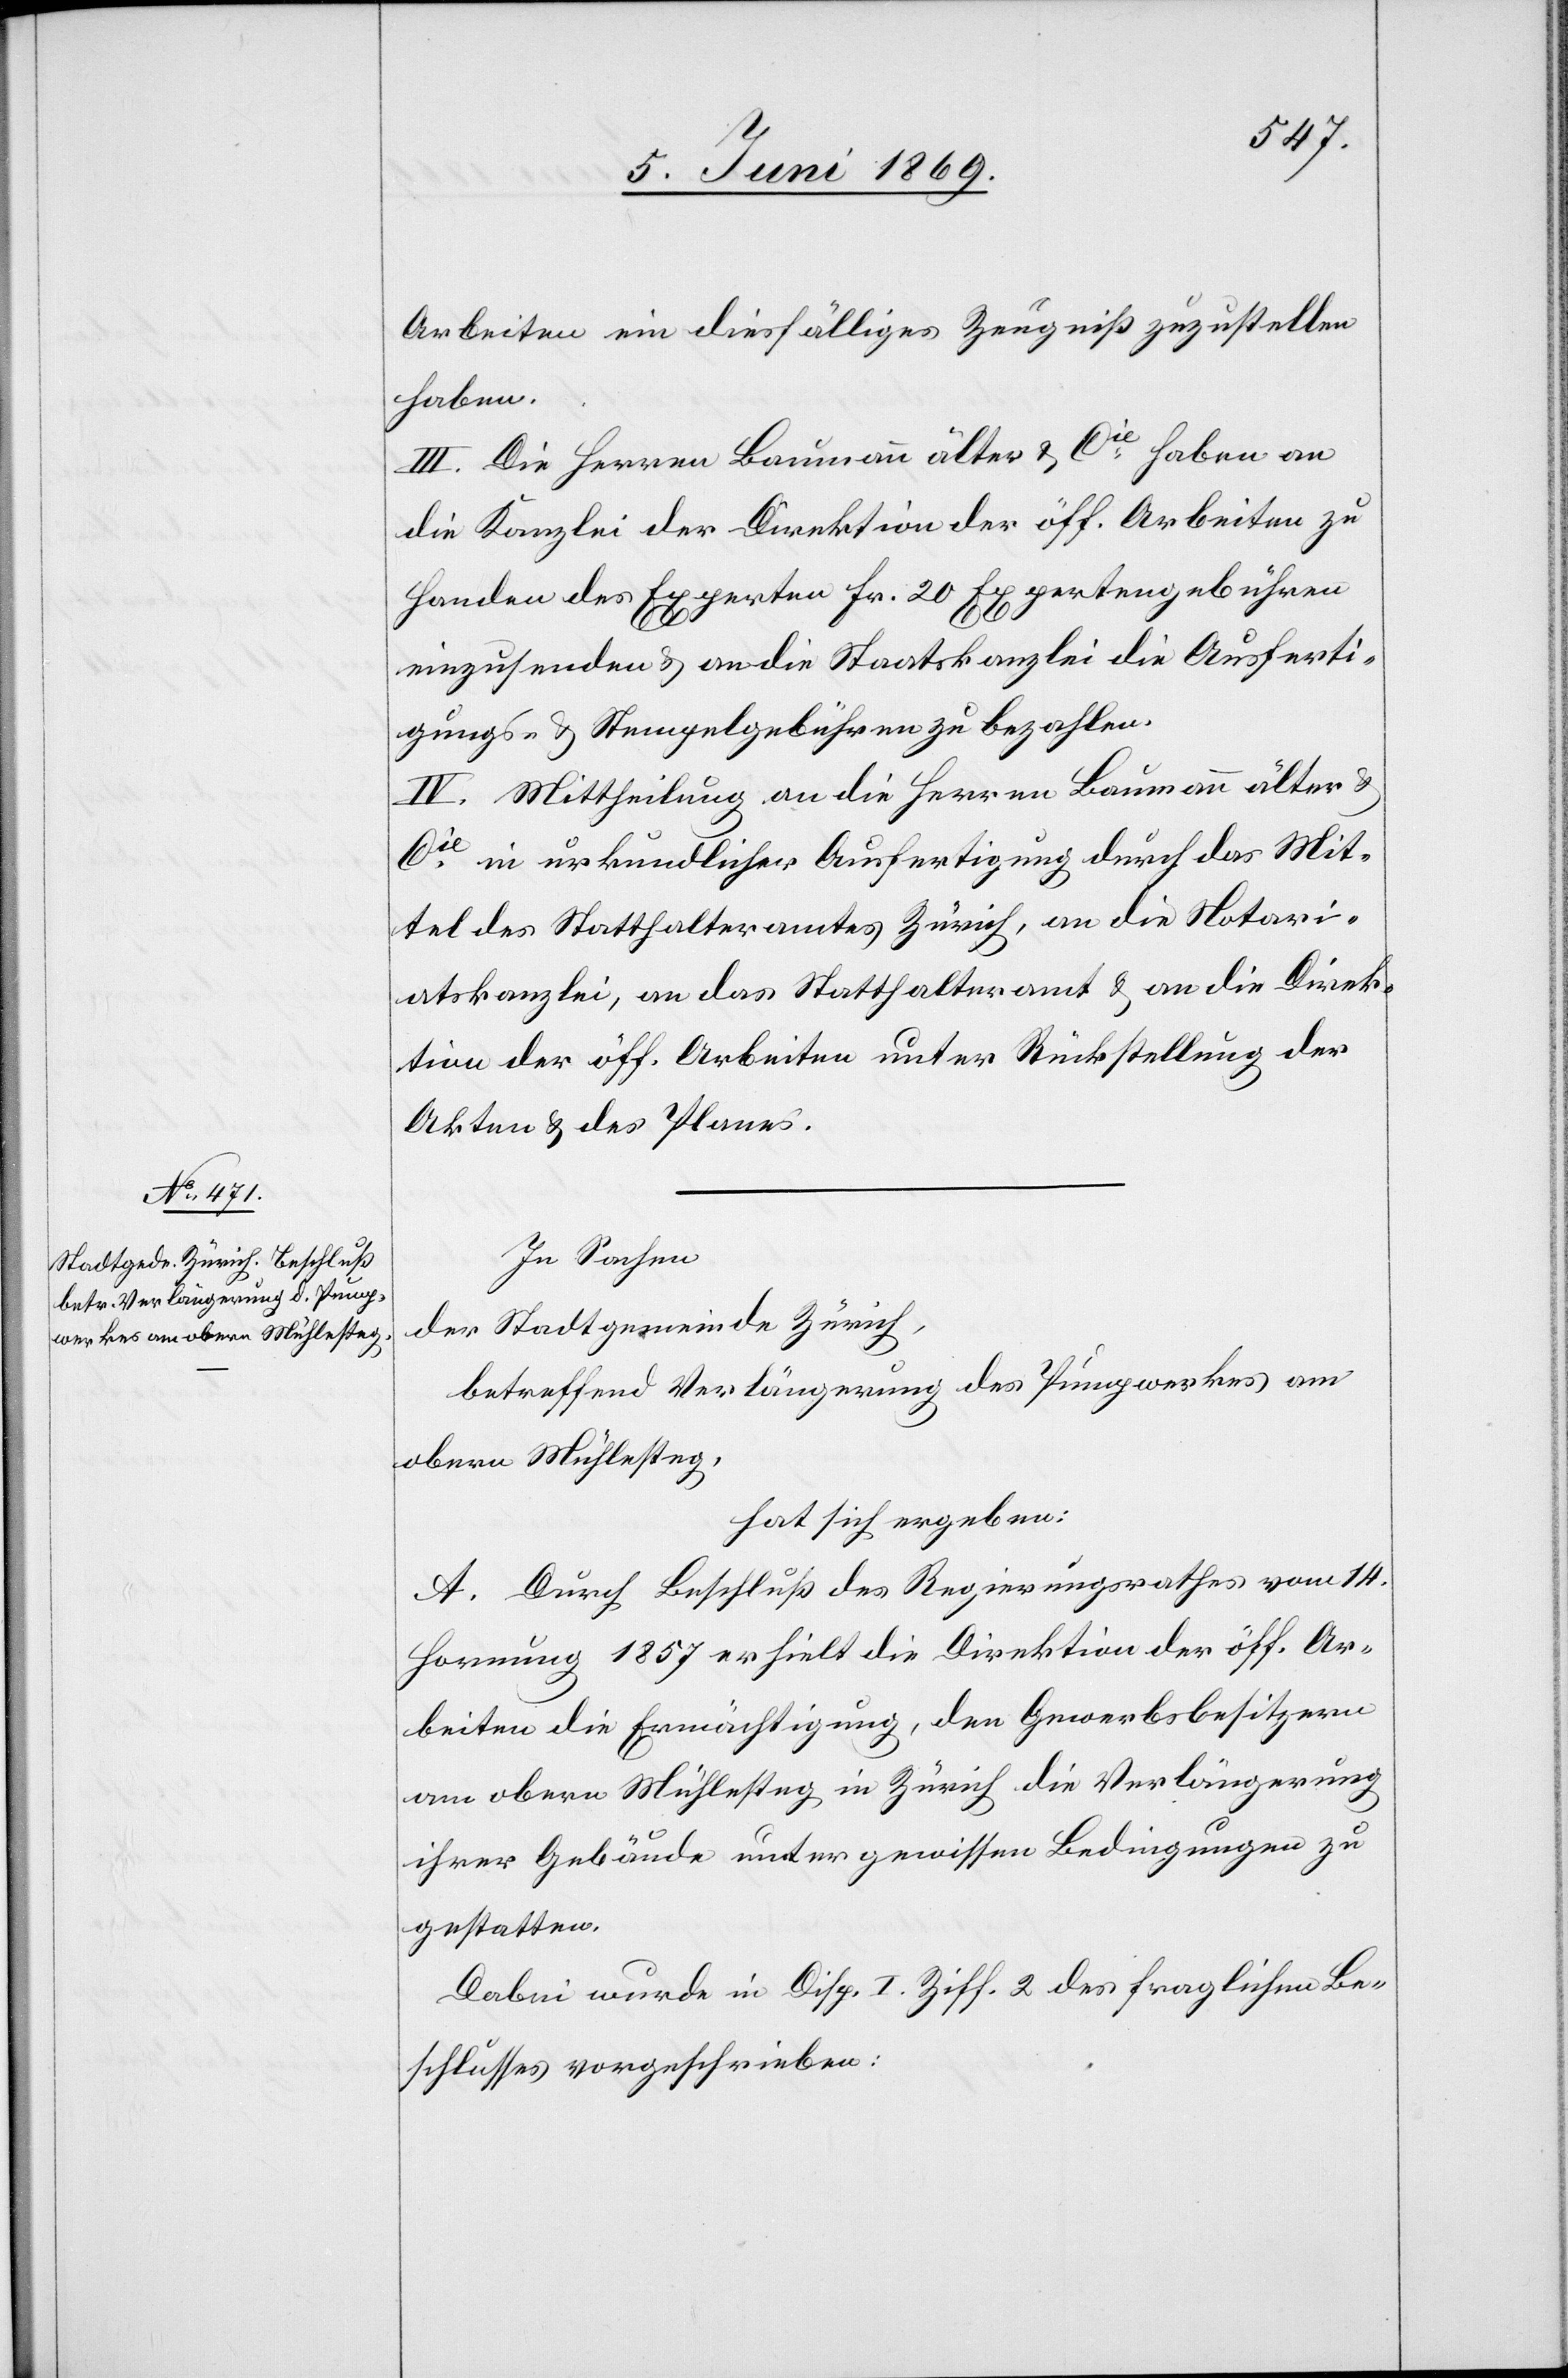
Arbeiten ein diesfälliges Zeugniß zuzustellen
haben.
III. Die Herren Baumann älter u. Cie haben an
die Kanzlei der Direktion der öff. Arbeiten zu
Handen des Experten 20 Fr. Expertengebühren
einzusenden u. an die Staatskanzlei die Ausferti¬
gungs- u. Stempelgebühren zu bezahlen.
IV. Mittheilung an die Herren Baumann älter u.
Cie in urkundlicher Ausfertigung durch das Mit¬
tel des Statthalteramtes Zürich, an die Notari¬
atskanzlei, an das Statthalteramt u. an die Direk¬
tion der öff. Arbeiten unter Rückstellung der
Akten u. des Planes.
In Sachen
der Stadtgemeinde Zürich,
betreffend Verlängerung des Pumpwerkes am
obern Mühlesteg,
hat sich ergeben:
A. Durch Beschluß des Regierungsrathes vom 14
Hornung 1857 erhielt die Direktion der öff. Ar¬
beiten die Ermächtigung, den Gewerbsbesitzern
am obern Mühlesteg in Zürich die Verlängerung
ihrer Gebäude unter gewissen Bedingungen zu
gestatten.
Dabei wurde in Disp. I Ziff 2 des fraglichen Be¬
schlusses vorgeschrieben: